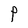
Character: P